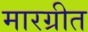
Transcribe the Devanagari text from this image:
मारग्रीत